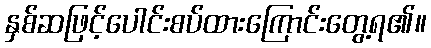
နှစ်ဆဖြင့်ပေါင်းစပ်ထားကြောင်းတွေ့ရ၏။